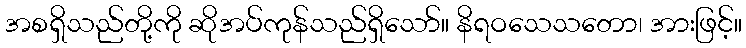
အစရှိသည်တို့ကို ဆိုအပ်ကုန်သည်ရှိသော်။ နိရဝသေသတော၊ အားဖြင့်။